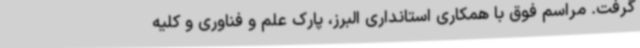
گرفت. مراسم فوق با همکاری استانداری البرز، پارک علم و فناوری و کلیه